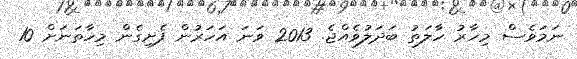
ނަމަވެސް މިހާރު ހާލަތު ބަދަލުވެއްޖެ. 2013 ވަނަ އަހަރުން ފެށިގެން މިހާތަނަށް 10